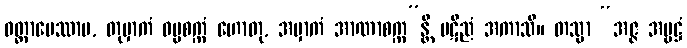
ဝတ္တာပေဿာမ, တုမှာကံ ဓမ္မစက္ကံ ဟောတု, အမှာကံ အာဏာစက္က”န္တိ ပဋိညံ အကာသိ။ တသ္မာ “အဇ္ဇ အမ္ဗဋ္ဌံ